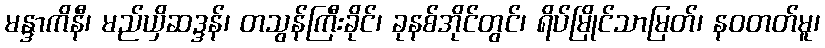
မန္ဒာကိနီ၊ မည်ယှိဆဒ္ဒန်၊ တသွန်ကြီးခိုင်၊ ခုနစ်အိုင်တွင်၊ ရိပ်မြိုင်သာမြတ်၊ နဝတတ်မူ၊